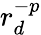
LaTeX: r_{d}^{-p}